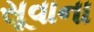
સૂવાના